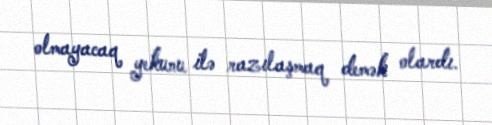
olmayacaq yekunu ilə razılaşmaq demək olardı.